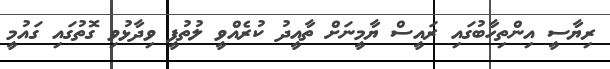
ރިޔާސީ އިންތިހާބުގައި ރައީސް ޔާމީނަށް ތާއީދު ކުރެއްވީ ލުތުފީ ވިދާޅުވި ގޮތުގައި ގައުމީ